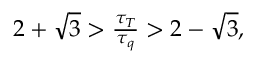
\begin{array} { r } { 2 + \sqrt { 3 } > \frac { \tau _ { T } } { \tau _ { q } } > 2 - \sqrt { 3 } , } \end{array}